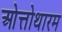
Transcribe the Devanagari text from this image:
ओत्तोथारम